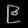
Digit: ၉